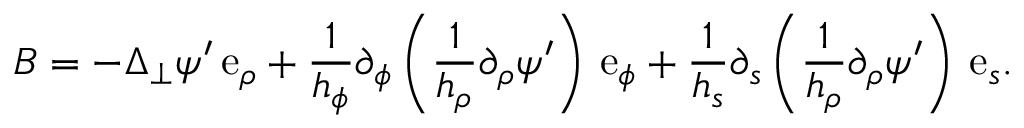
\boldsymbol { B } = - \Delta _ { \perp } \psi ^ { \prime } \, \mathrm { e } _ { \rho } + \frac { 1 } { h _ { \phi } } \partial _ { \phi } \left( \frac { 1 } { h _ { \rho } } \partial _ { \rho } \psi ^ { \prime } \right) \, \mathrm { e } _ { \phi } + \frac { 1 } { h _ { s } } \partial _ { s } \left( \frac { 1 } { h _ { \rho } } \partial _ { \rho } \psi ^ { \prime } \right) \, \mathrm { e } _ { s } .